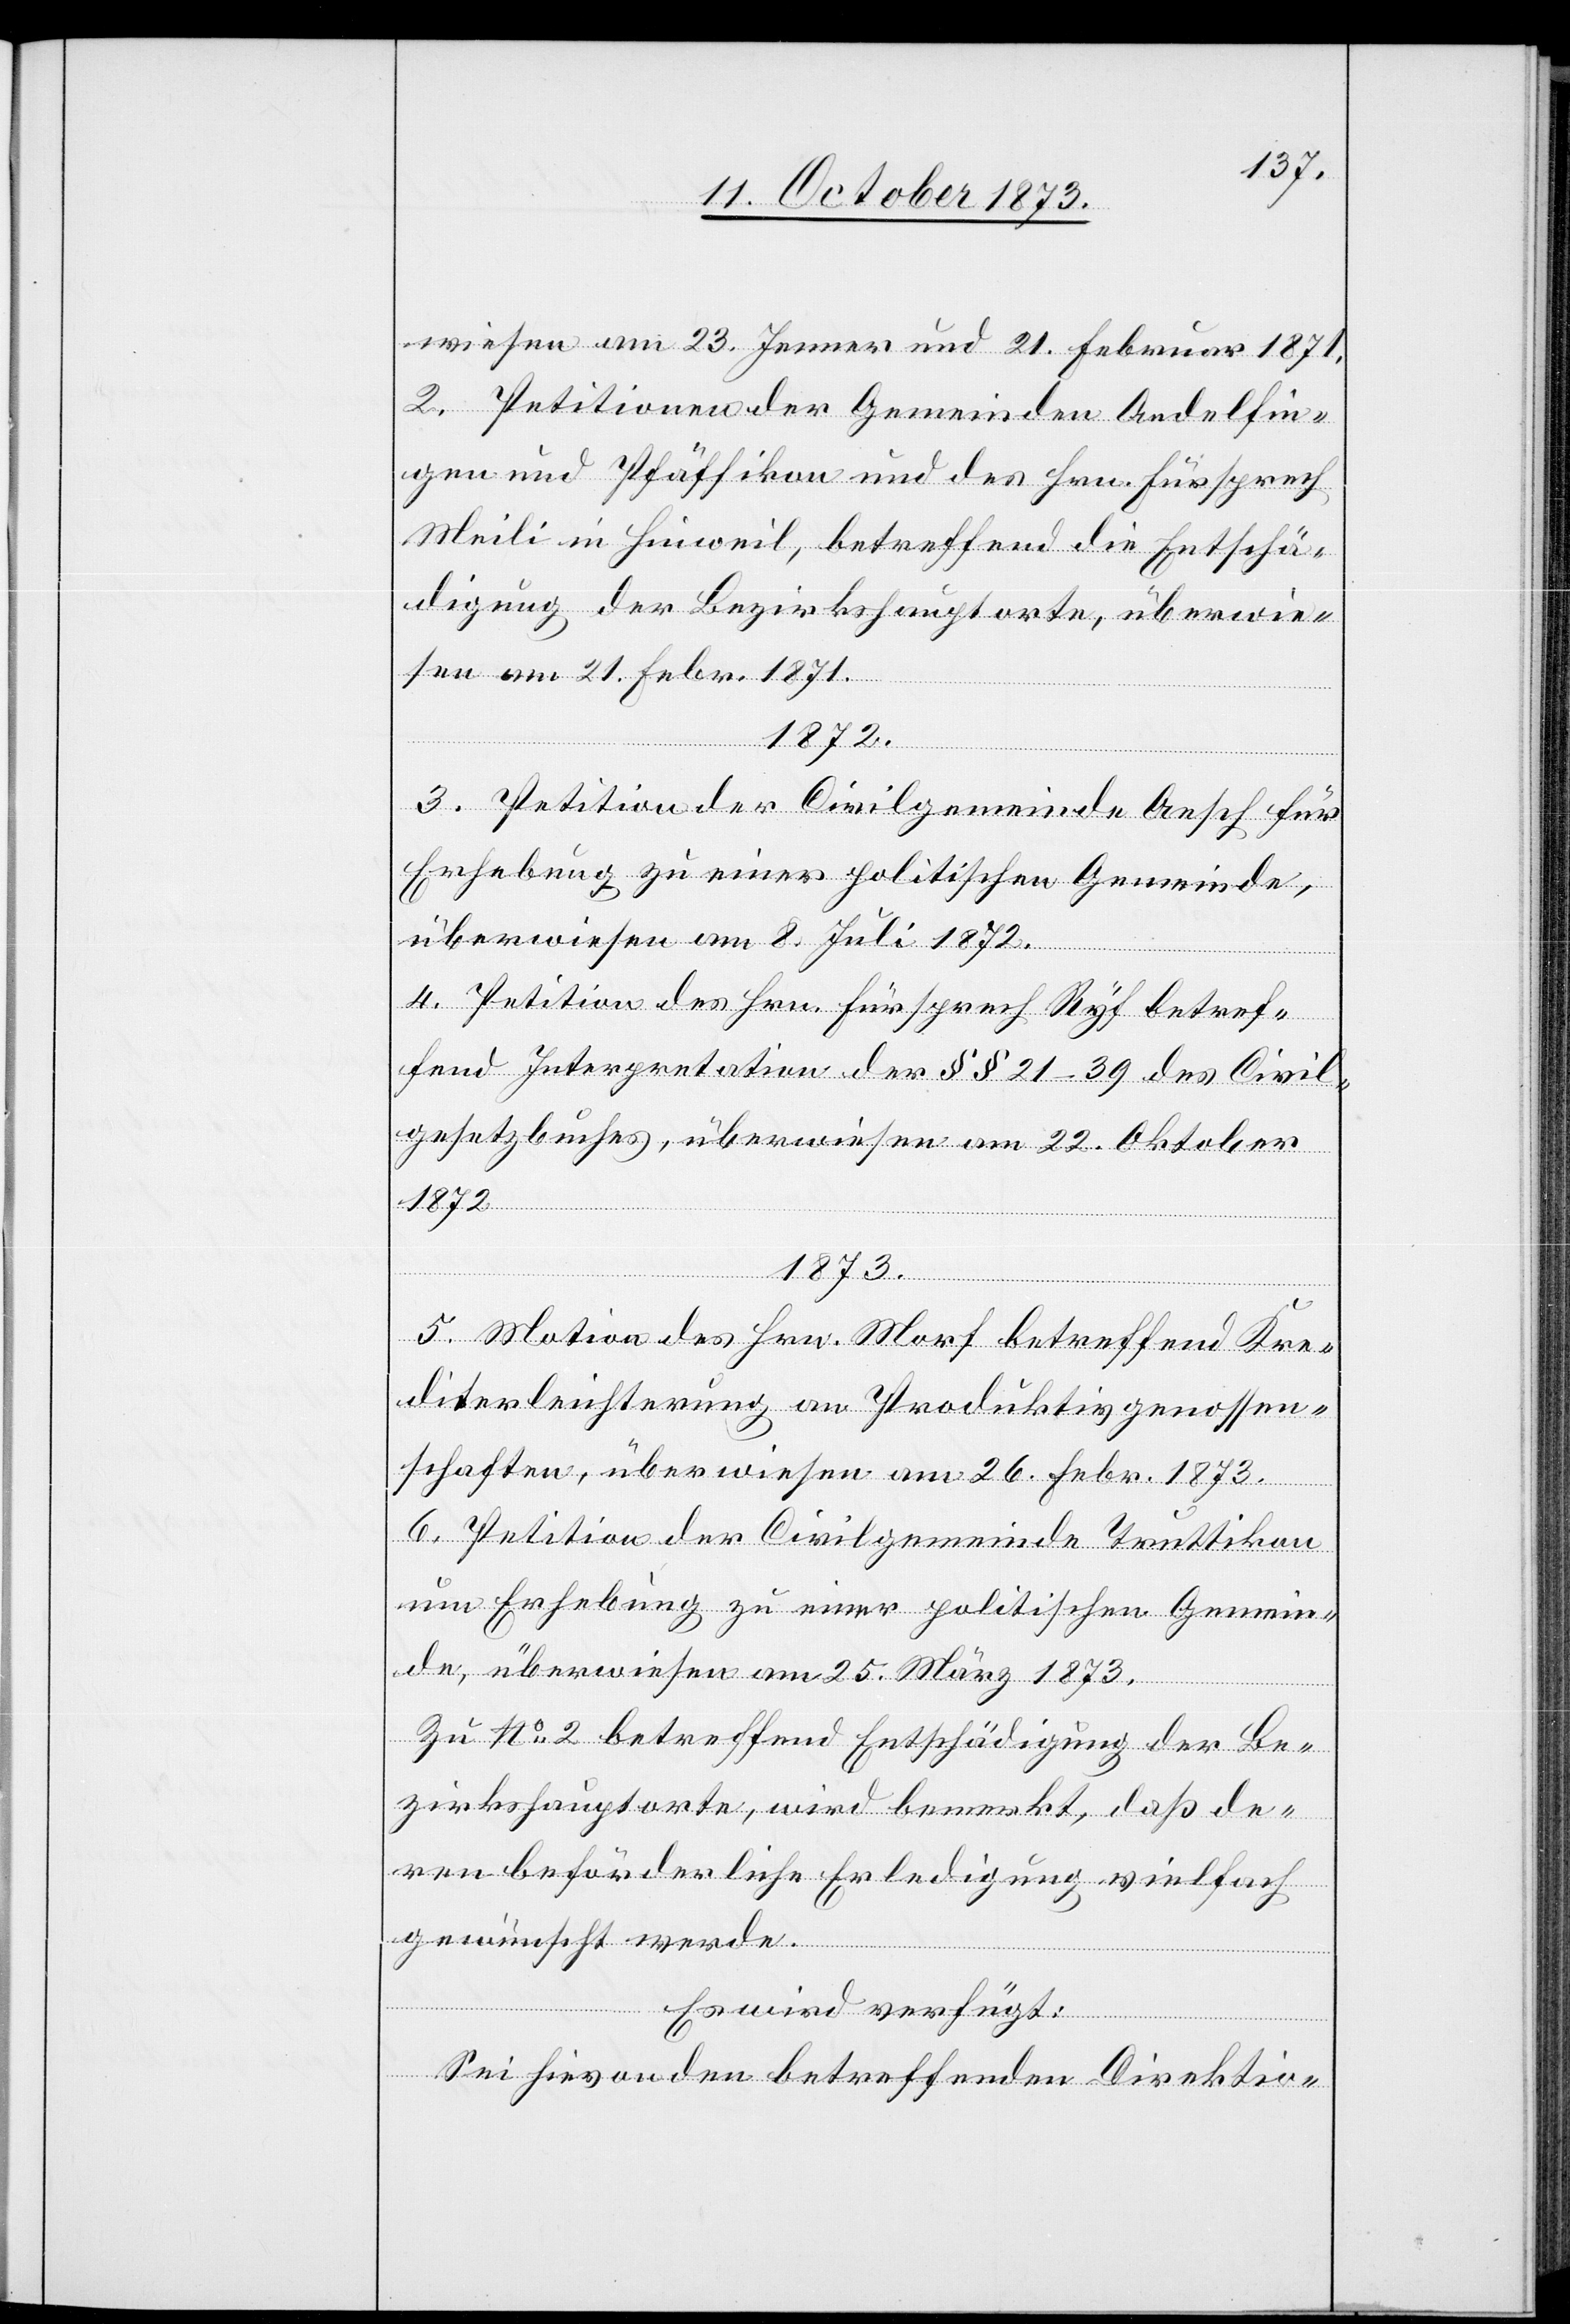
wiesen am 23. Jenner und 21. Februar 1871.
2. Petitionen der Gemeinde Andelfin¬
gen und Pfäffikon und des Hrn. Fürsprech
Meili in Hinweil, betreffend die Entschä¬
digung der Bezirkshauptorte, überwie¬
sen am 21. Febr. 1871.
1872.
3. Petition der Civilgemeinde Aesch für
Erhebung zu einer politischen Gemeinde,
überwiesen am 8. Juli 1872.
4. Petition des Hrn. Fürsprech Ryf betref¬
fend Interpretation der §§ 21–39 des Civil¬
gesetzbuches, überwiesen am 22. Oktober
1873.
5. Motion des Hrn. Morf betreffend Kre¬
diterleichterung an Produktivgenossen¬
schaften, überwiesen am 26. Febr. 1873.
6. Petition der Civilgemeinde Truttikon
um Erhebung zu einer politischen Gemein¬
de, überwiesen am 25. März 1873.
Zu No 2 betreffend Entschädigung der Be¬
zirkshauptorte, wird bemerkt, daß de¬
ren beförderliche Erledigung vielfach
gewünscht werde.
Es wird verfügt:
Sei hievon den betreffenden Direktio-